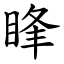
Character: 䀱